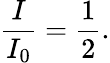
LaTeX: {\frac{I}{I_{0}}}={\frac{1}{2}}.